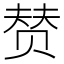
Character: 𰷣